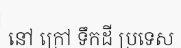
នៅ ក្រៅ ទឹកដី ប្រទេស